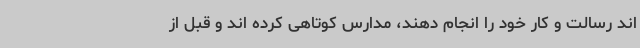
اند رسالت و کار خود را انجام دهند، مدارس کوتاهی کرده اند و قبل از